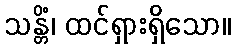
သန္တိံ၊ ထင်ရှားရှိသော။